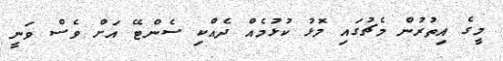
މީގެ އިތުރުން މެޗުގައި މޮޅު ކުޅުމެއް ދެއްކި ސެންޓޭ އަށް ވެސް ވަނީ